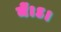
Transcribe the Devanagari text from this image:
में।ऽ।